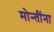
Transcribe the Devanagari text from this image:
मोन्तींना